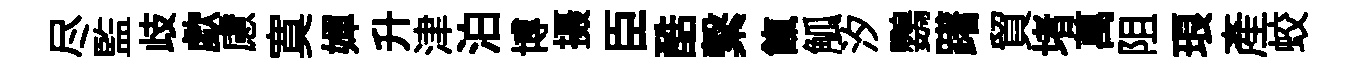
尽監歧歔慮寞嬋升津泊博摄臣酷繋餼觚汐鸚躇貿堵萬阻琅產蛟